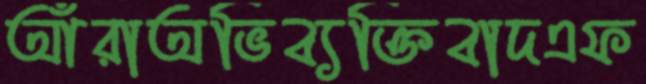
আঁরাঅভিব্যক্তিবাদএফ